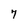
Character: 7